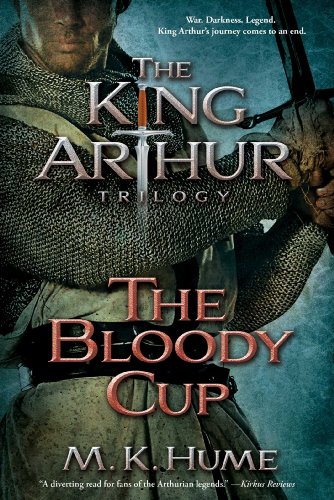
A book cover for The King Arthur Trilogy Book Three: The Bloody Cup; M. K. Hume; Science Fiction & Fantasy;